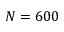
N = 6 0 0